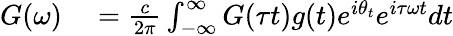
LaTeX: \begin{array}{rl}{G(\omega)}&{{}=\frac{c}{2\pi}\int_{-\infty}^{\infty}G(\tau t)g(t)e^{i\theta_{t}}e^{i\tau\omega t}dt}\end{array}